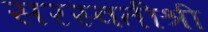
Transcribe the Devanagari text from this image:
सरस्वतीश्री